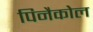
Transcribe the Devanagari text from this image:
पिनैकोल